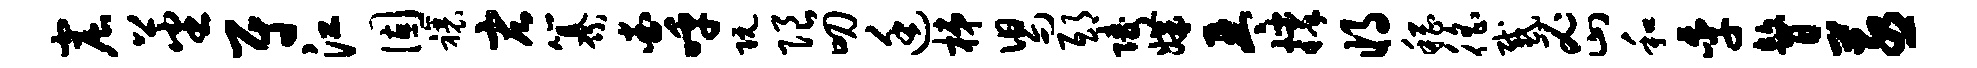
窟蕃尉江固禳宏纂查呼阮限叨廷梯舄邸陵媾琴撑将稽徭感密和季瞽蒸